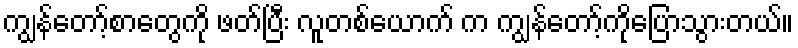
ကျွန်တော့်စာတွေကို ဖတ်ပြီး လူတစ်ယောက် က ကျွန်တော့်ကိုပြောသွားတယ်။